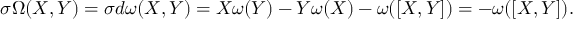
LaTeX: \sigma \Omega ( X , Y ) = \sigma d \omega ( X , Y ) = X \omega ( Y ) - Y \omega ( X ) - \omega ( [ X , Y ] ) = - \omega ( [ X , Y ] ) .